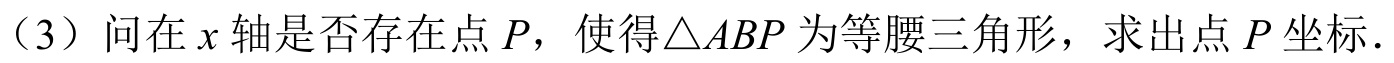
（3）问在\(x\)轴是否存在点\(P\)，使得\(\triangle ABP\)为等腰三角形，求出点\(P\)坐标.